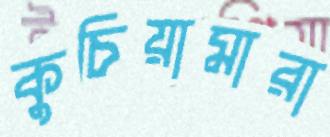
কুচিয়ামারা